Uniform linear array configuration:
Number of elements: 8
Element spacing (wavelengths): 0.5
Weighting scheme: hamming
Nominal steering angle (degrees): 60
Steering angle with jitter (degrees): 59.034
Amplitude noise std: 0.05
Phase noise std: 0.05

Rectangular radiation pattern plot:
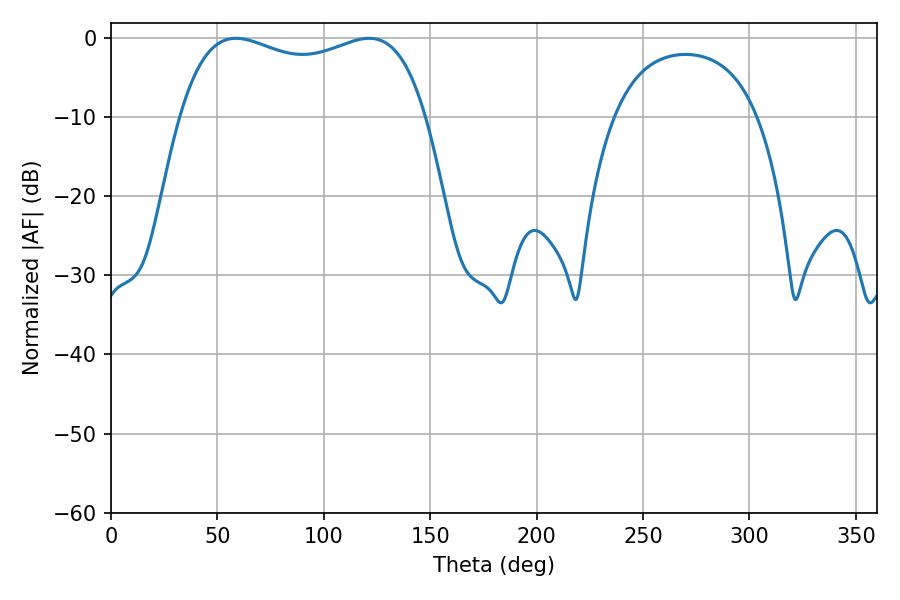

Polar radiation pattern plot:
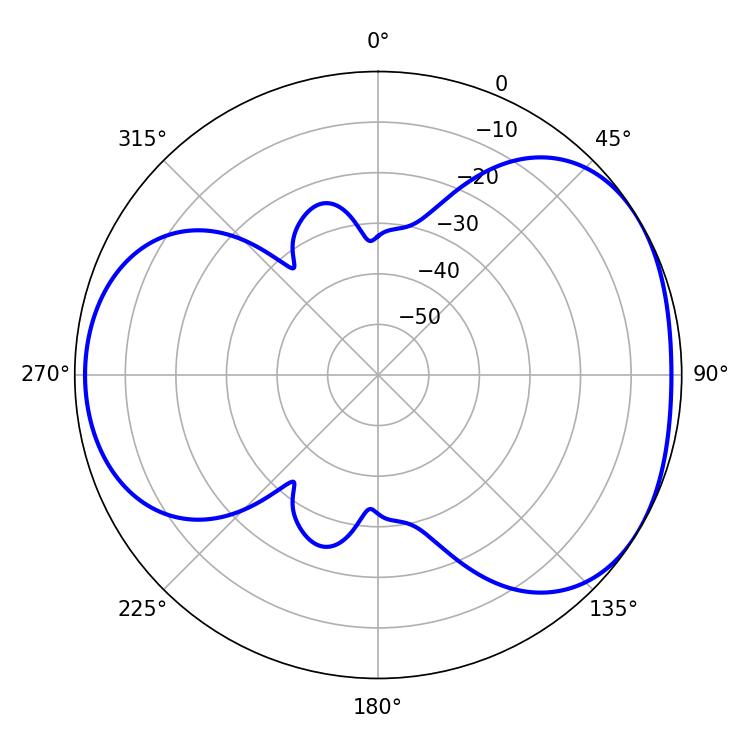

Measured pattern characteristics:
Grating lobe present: FALSE
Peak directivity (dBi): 4.198
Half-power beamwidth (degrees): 94.68
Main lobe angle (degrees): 58.68